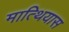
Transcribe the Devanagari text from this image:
मात्थियास